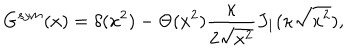
G ^ { s y m } ( x ) = \delta ( x ^ { 2 } ) - \Theta ( x ^ { 2 } ) \frac { \kappa } { 2 \sqrt { x ^ { 2 } } } J _ { 1 } ( \kappa \sqrt { x ^ { 2 } } ) ,